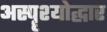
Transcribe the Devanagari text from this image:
अस्पॄश्योद्धार